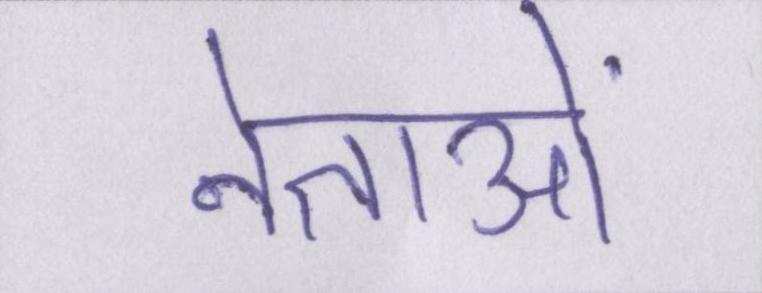
नेताओं